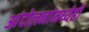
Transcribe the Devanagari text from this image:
आंदोलनांमध्येही